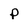
Character: p